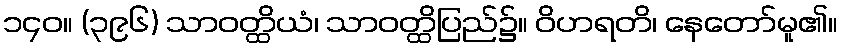
၁၄၀။ (၃၉၆) သာဝတ္ထိယံ၊ သာဝတ္ထိပြည်၌။ ဝိဟရတိ၊ နေတော်မူ၏။